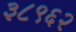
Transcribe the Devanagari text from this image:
३८९६२